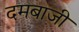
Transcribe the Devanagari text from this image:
दमबाजी